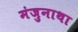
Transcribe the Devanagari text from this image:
मंजुनाथा